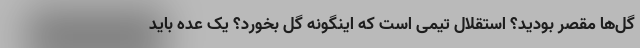
گل‌ها مقصر بودید؟ استقلال تیمی است که اینگونه گل بخورد؟ یک عده باید